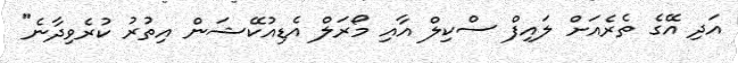
އަދި އޭގެ ތެރެއަށް ލައިފް ސްކިލް އާއި މޯރަލް އެޑިއުކޭޝަން އިތުރު ކުރެވިދާނެ"